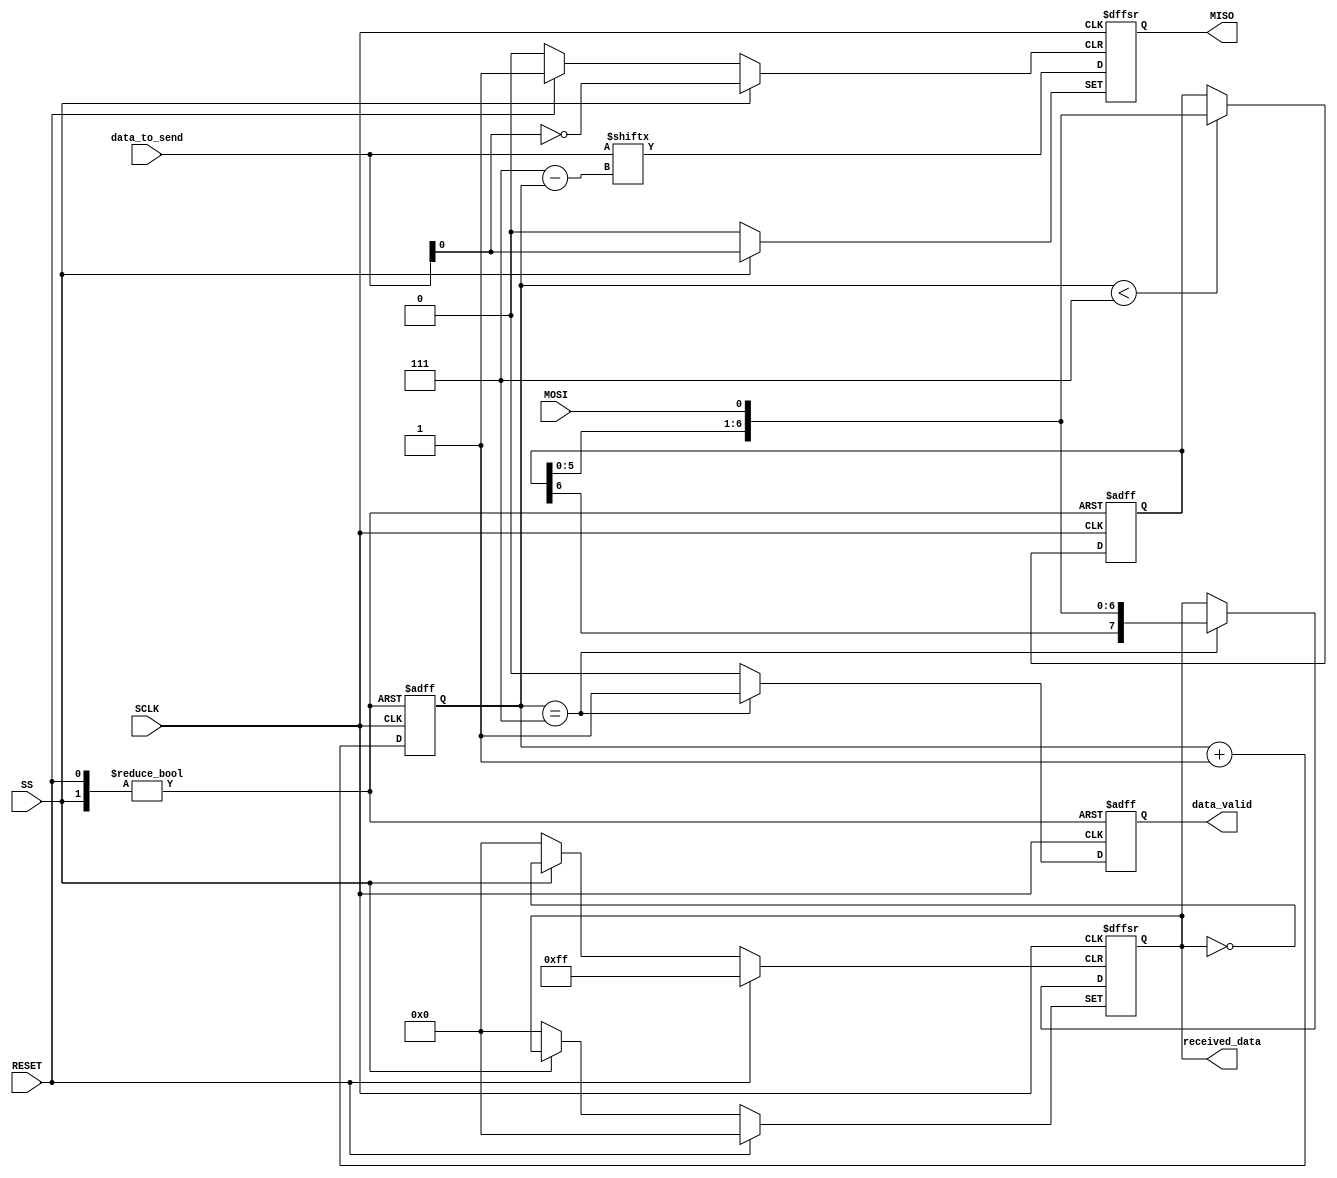
// SPI: MODE=0 MSB first
module spi_slave (
    input wire SCLK,  // SPI clock
    input wire MOSI,  // Master Out Slave In
    input wire SS,    // Slave Select (active low)
    input wire RESET, // Asynchronous reset (active high)
    output reg MISO,  // Master In Slave Out
    input wire [7:0] data_to_send,  // Data to be sent to master
    output reg [7:0] received_data, // Data received from master
    output reg data_valid  // Flag indicating received data is valid
);

    reg [2:0] bit_cnt;  // Bit counter
    reg [6:0] shift_reg;  // 7-bit Shift register for receiving data

    // Asynchronous reset and data receiving process
    always @(posedge SCLK or posedge RESET or posedge SS) begin
        if (RESET) begin
            // When RESET is high, reset all internal registers
            shift_reg <= 7'b0;
            received_data <= 8'b0;
            data_valid <= 1'b0;
        end else if (SS) begin
            // When SS is high (inactive), reset the shift register and data_valid
            shift_reg <= 7'b0;
            data_valid <= 1'b0;
        end else begin
            // Shift in data on the rising edge of SCLK
            if (bit_cnt < 3'b111) begin
                shift_reg <= {shift_reg[5:0], MOSI};
            end
            if (bit_cnt == 3'b111) begin
                // When 8 bits are received, store the data and raise data_valid
                received_data <= {shift_reg, MOSI};
                data_valid <= 1'b1;
            end else begin
                data_valid <= 1'b0;
            end
        end
    end

    // MISO control and bit counter process
    always @(negedge SCLK or posedge RESET or posedge SS) begin
        if (RESET) begin
            // When RESET is high, reset MISO and bit counter
            MISO <= 1'b0;
            bit_cnt <= 3'b000;
        end else if (SS) begin
            // When SS is high (inactive), assign MISO to data_to_send[0] and reset bit counter
            MISO <= data_to_send[0];
            bit_cnt <= 3'b000;
        end else begin
            // Shift out data on the falling edge of SCLK
            MISO <= data_to_send[7 - bit_cnt];
            bit_cnt <= bit_cnt + 1;
        end
    end

endmodule